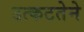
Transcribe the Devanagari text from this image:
उत्कटतेने